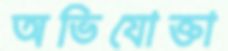
অভিযোক্তা